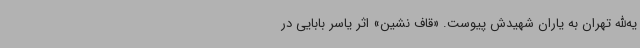
یه‌الله تهران به یاران شهیدش پیوست. «قاف نشین» اثر یاسر بابایی در